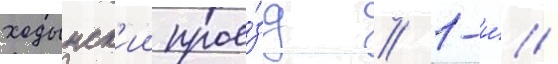
ходынск'ии прое́зд // 1-и́/